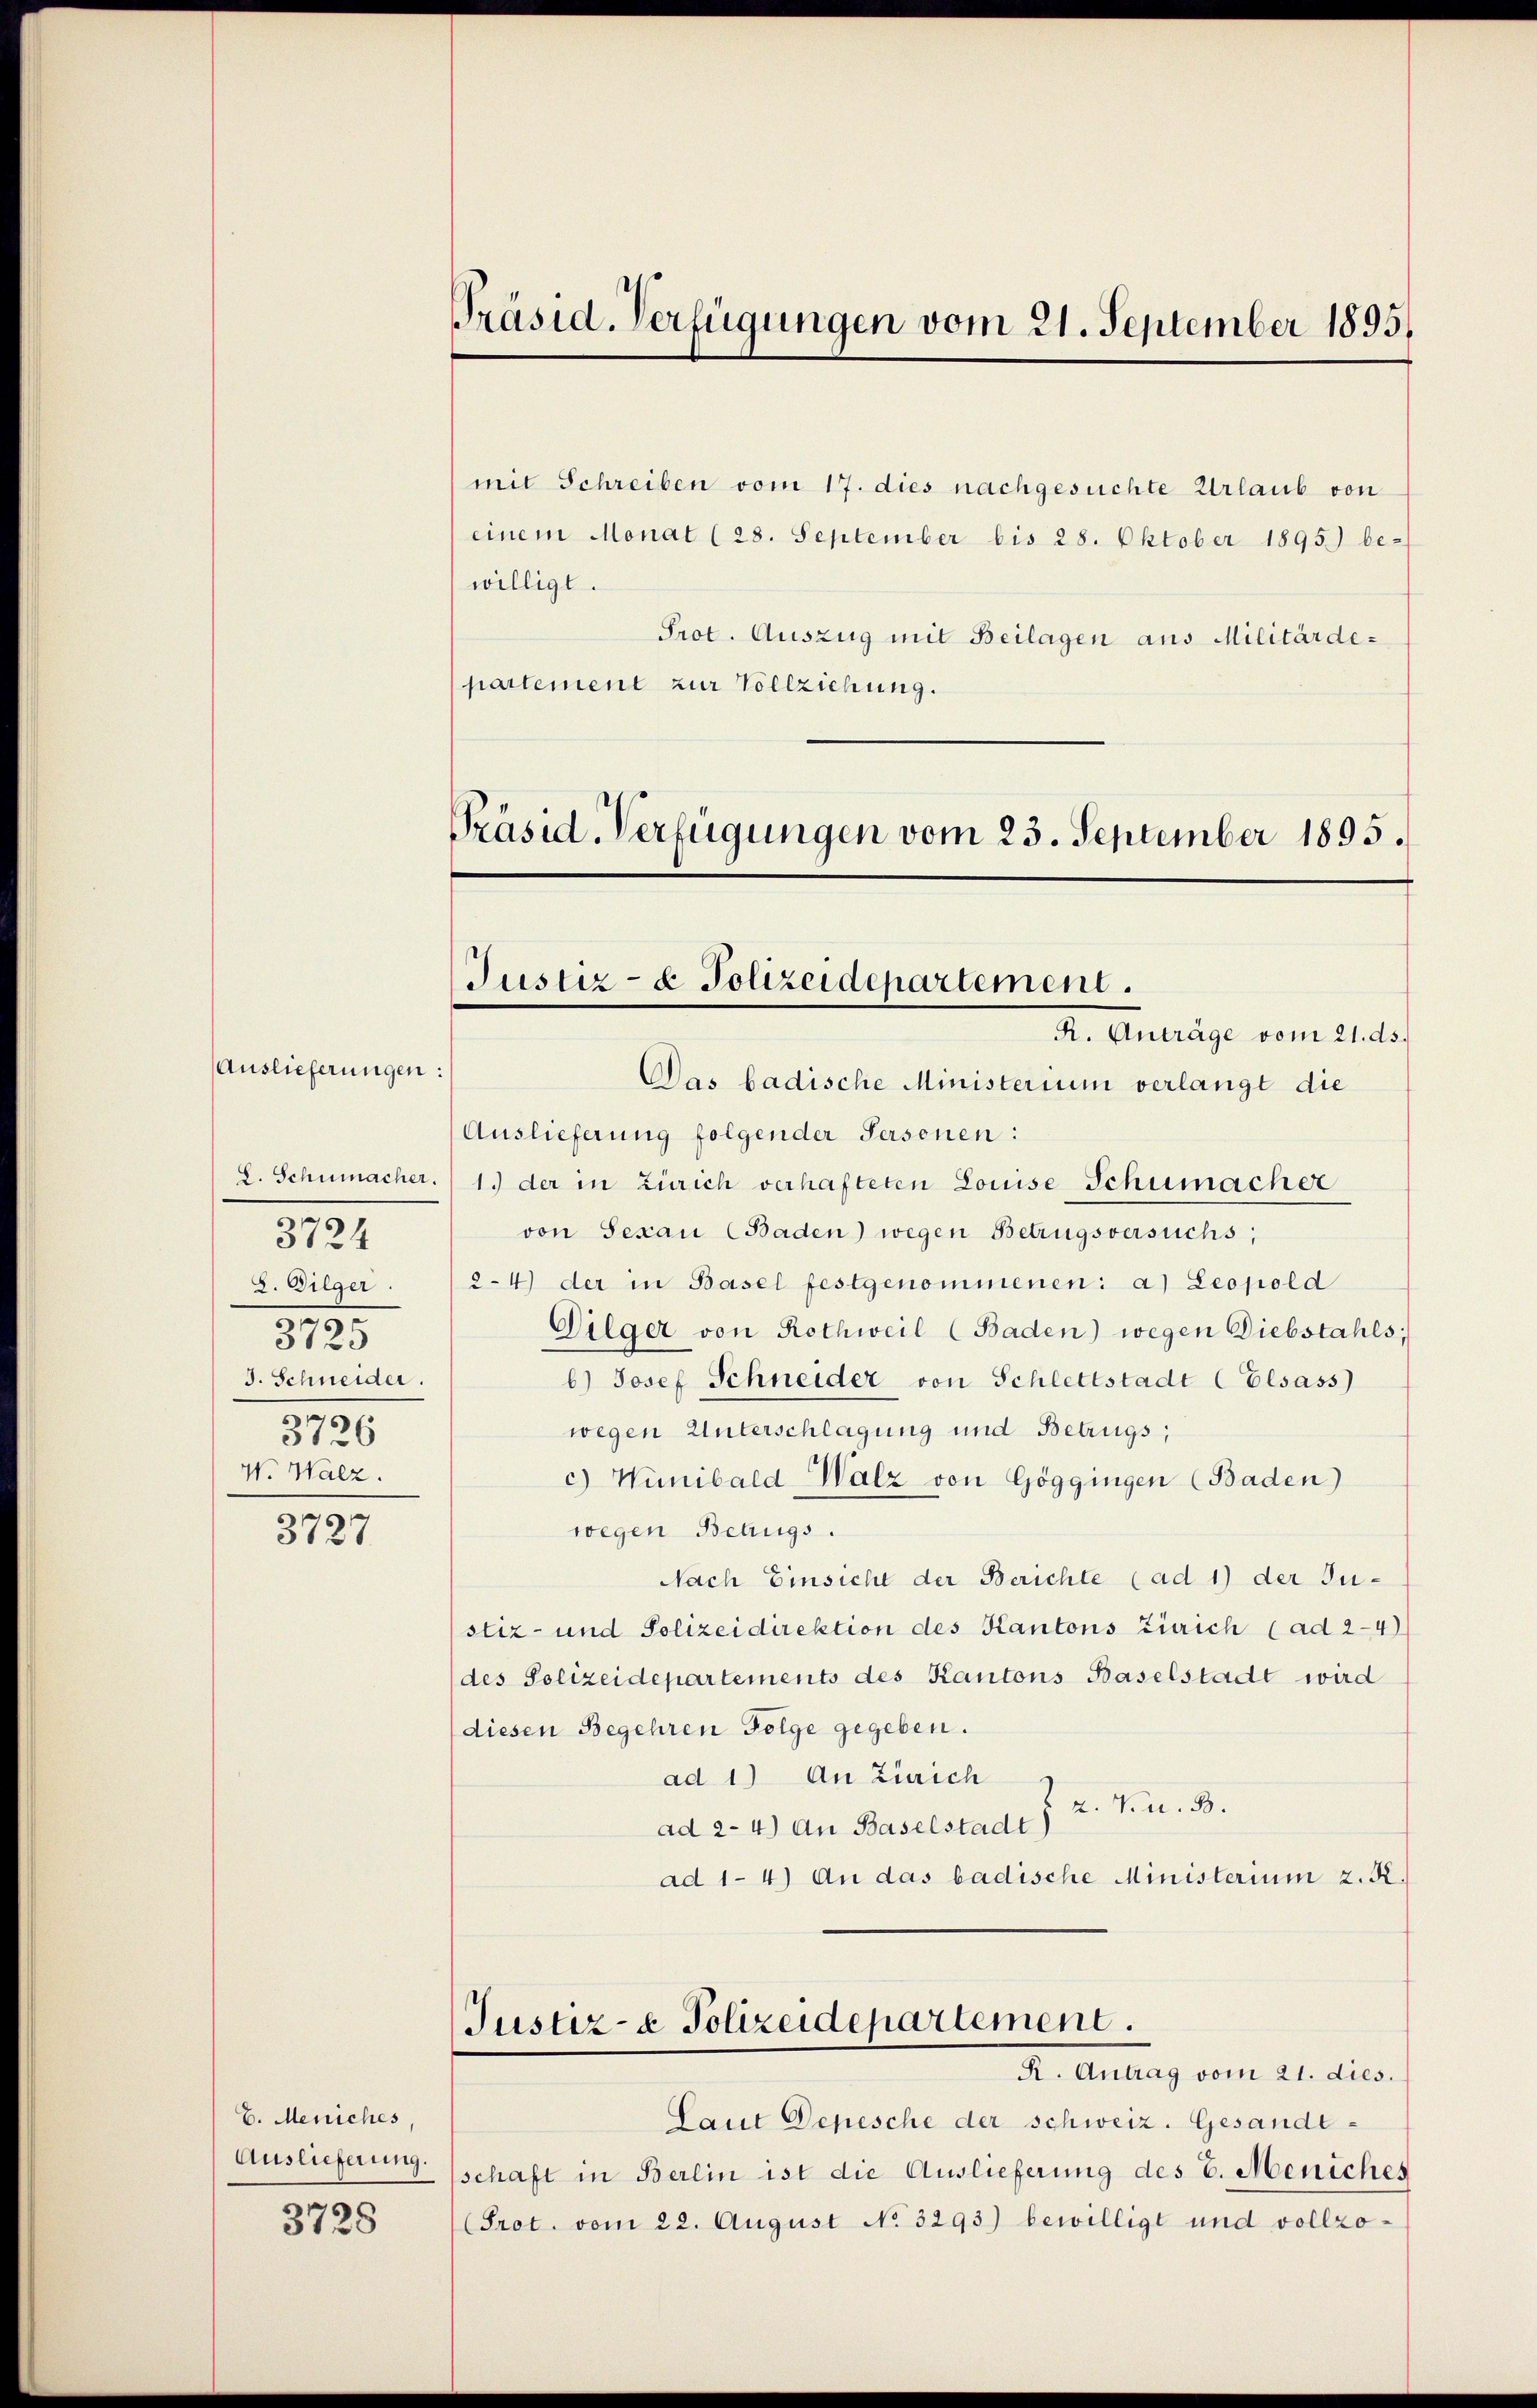
S. Schumacher.
3724
2. Gilger.
3725
J. Schneider.
m
3126
V. Walz.

Auslieferungen:

3727

E. Mesiches,
Auslieferung.
3728

Präsid. Verfügungen vom 21. September 1895.

willigt.
partement zur Vollziehung.

mit Schreiben vom 17. dies nachgesuchte Urlaub von
einem Monat (28. September bis 28. Oktober 1895) be-
Prot. Auszug mit Beilagen aus Militärde¬

Präsid. Verfügungen vom 23. September 1895.

Justiz- & Polizeidepartement.
R. Anträge vom 21. ds.

Das badische Ministerium verlangt die
Auslieferung folgender Personen:
1. der in Zürich verhafteten Louise Schumacher
von Sepan (Baden) wegen Betrugsversuchs,
2-4) der in Basel festgenommenen: a) Leopold
Dilger von Rothweil (Baden) wegen Diebstahls,
b) Josef Schneider von Schlettstadt (Elsass
wegen Unterschlagung und Betrugs;
c) Wunibald Walz von Göggingen (Baden)
wegen Betrugs.
Nach Einsicht der Berichte (ad 1) der Justiz- und Polizeidirektion des Kantons Zürich (ad 2-4)
des Polizeidepartements des Kantons Baselstadt wird
diesen Begehren Folge gegeben.
ad 1) An Zürich
2. V. u. B.
ad 2- 4) An Baselstadt)
ad 1-4) An das badische Ministerium z. R.
Justiz- & Polizeidepartement.
R. Antrag vom 21. dies.
Laut Depesche der schweiz. Gesandtschaft in Berlin ist die Auslieferung des E. Meniches
(Prot. vom 22. August No. 3293) bewilligt und vollzo¬